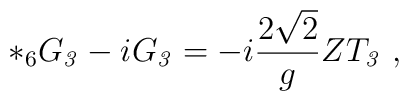
*_6 G_{\it 3} - i  G_{\it 3} = -i\frac{2\sqrt{2}}{g} Z T_{\it3}\ ,